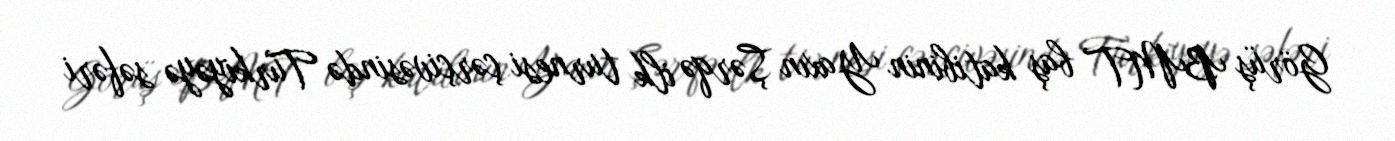
Görüş BMT baş katibinin Yaxın Şərqə ilk turnesi çərçivəsində Türkiyəyə səfəri